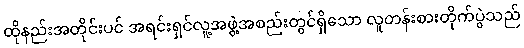
ထိုနည်းအတိုင်းပင် အရင်းရှင်လူ့အဖွဲ့အစည်းတွင်ရှိသော လူတန်းစားတိုက်ပွဲသည်